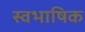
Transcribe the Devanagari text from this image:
स्वभाषिक